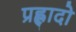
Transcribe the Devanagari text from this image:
प्रह्लादो